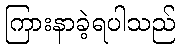
ကြားနာခဲ့ရပါသည်